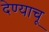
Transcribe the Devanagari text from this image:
देण्याचू